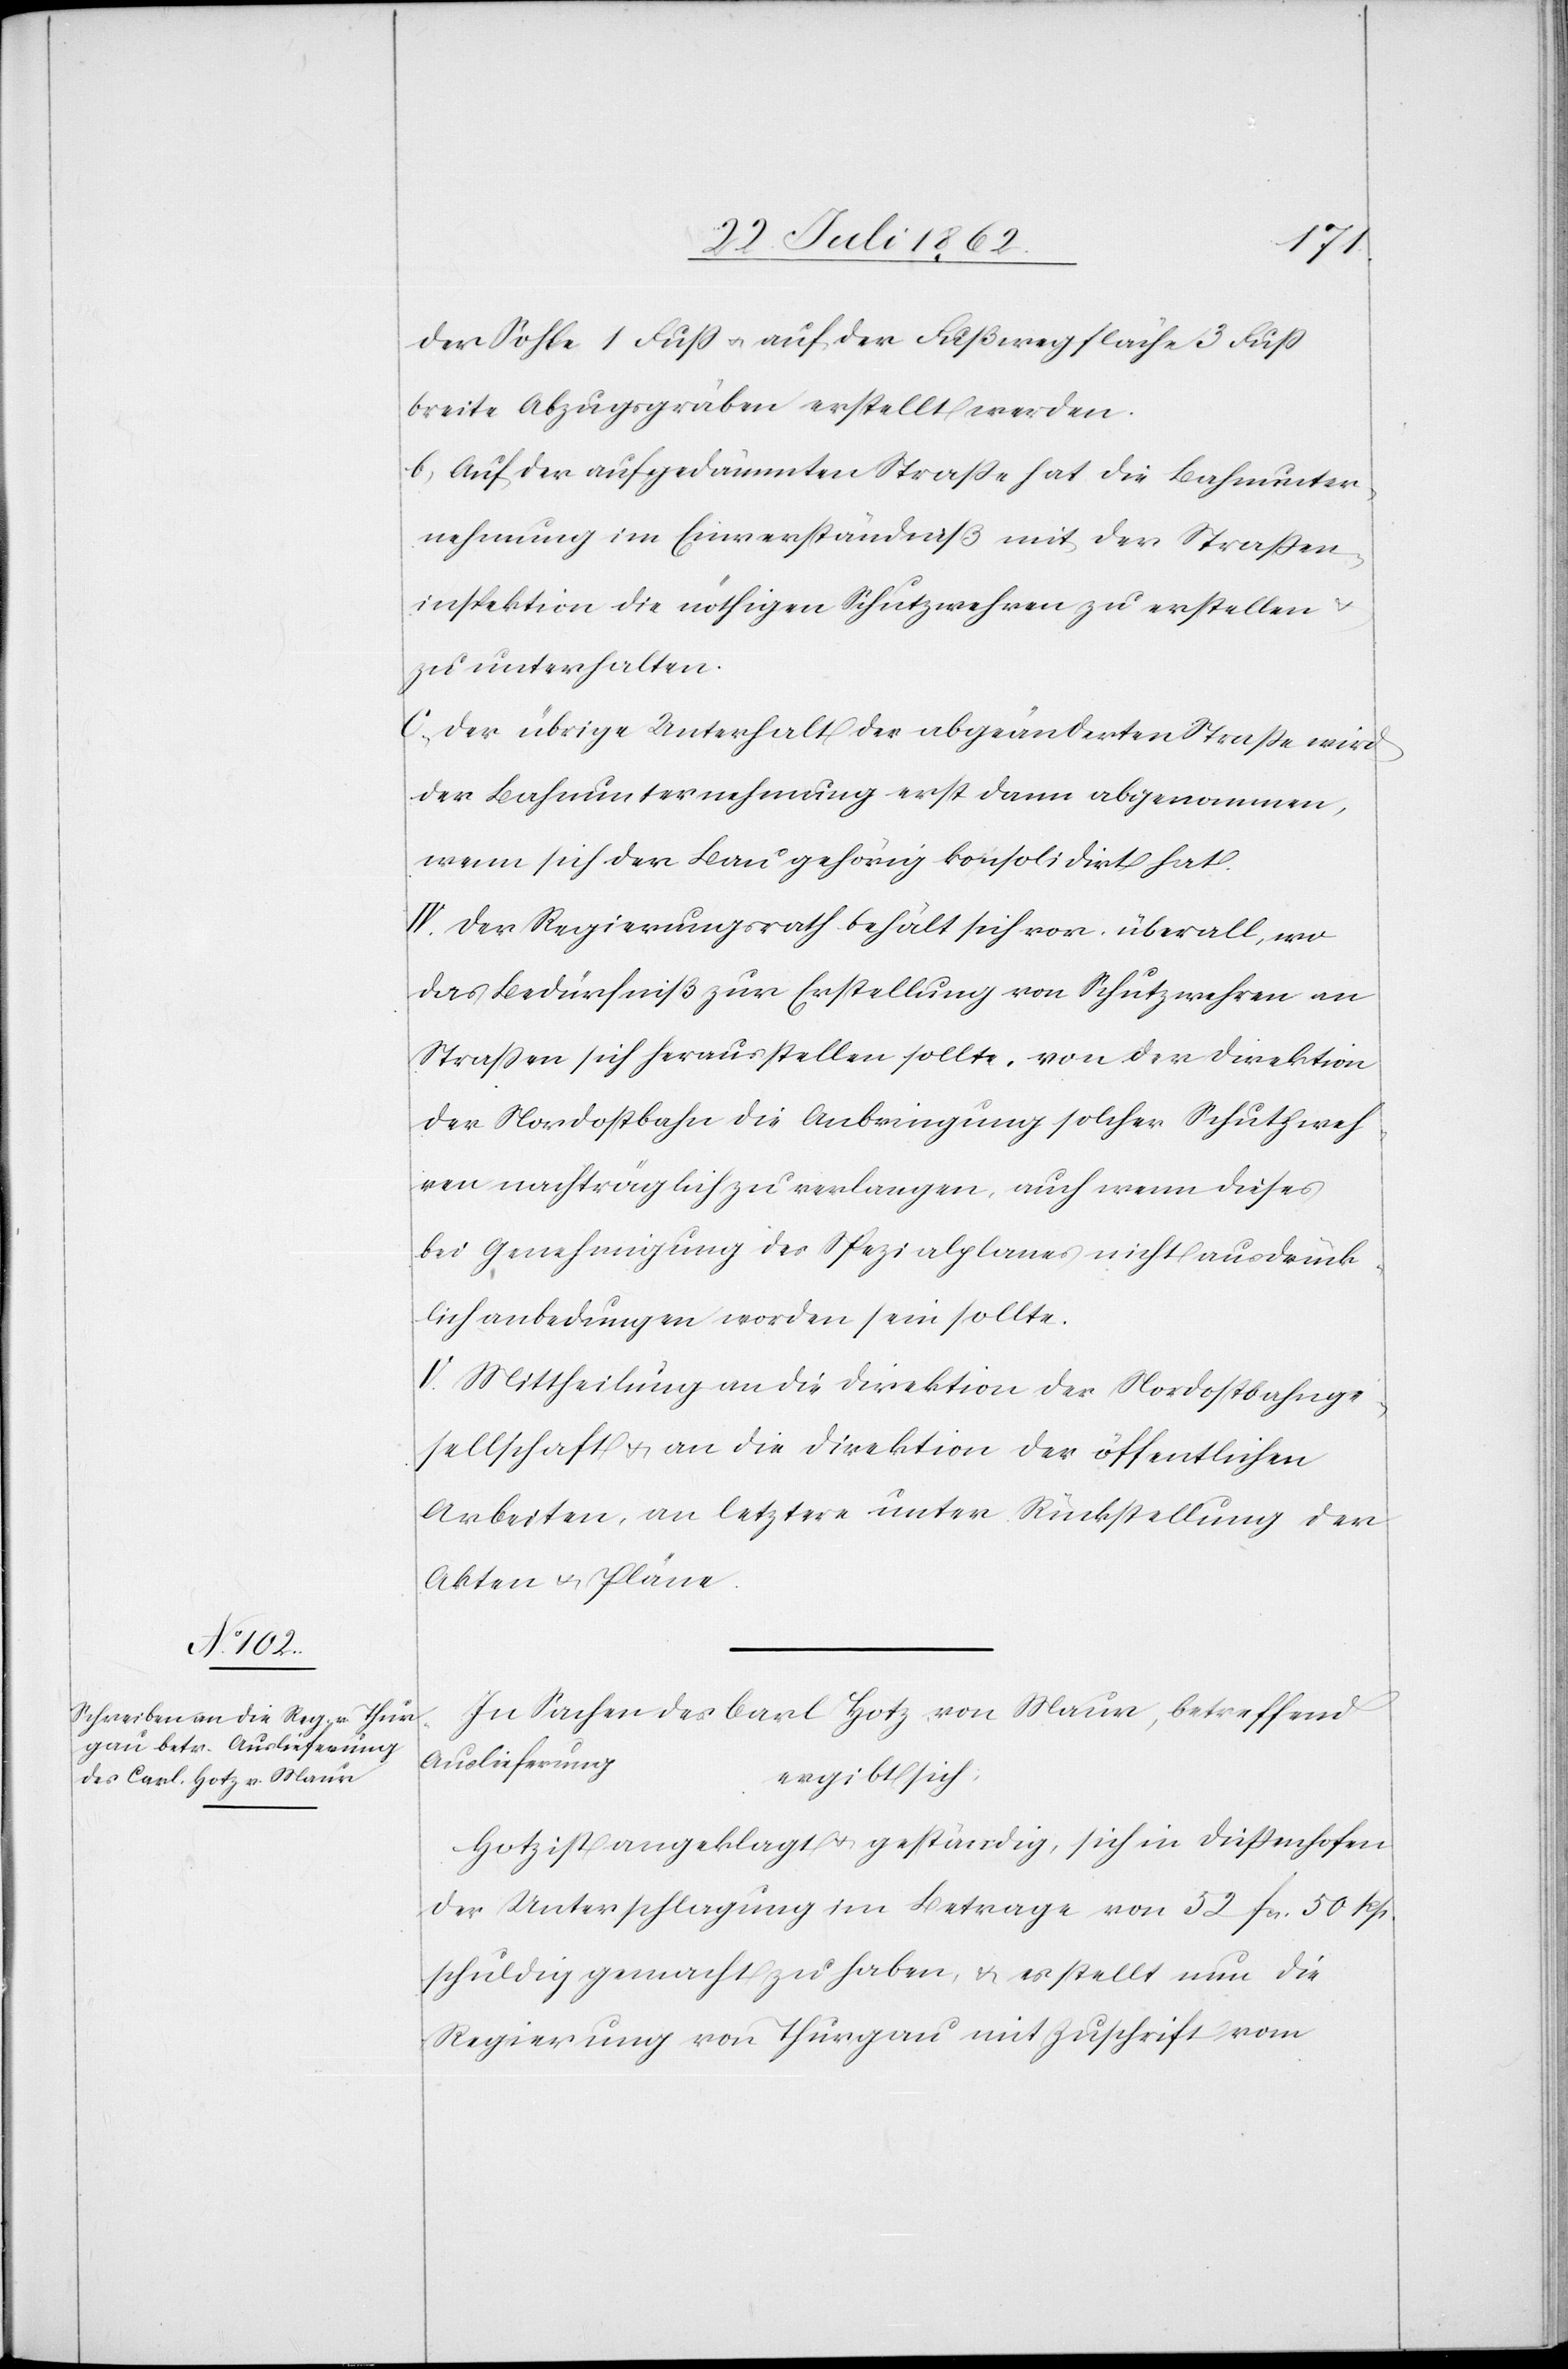
der Sohle 1 Fuß u. auf der Fußwegfläche 3 Fuß
breite Abzugsgräben erstellt werden.
b) auf der aufgedämmten Straße hat die Bahnunter¬
nehmung im Einverständniß mit der Straßen¬
inspektion die nöthigen Schutzwehren zu erstellen u.
zu unterhalten.
c) der übrige Unterhalt der abgeänderten Straße wird
der Bahnunternehmung erst dann abgenommen,
wenn sich der Bau gehörig konsolidirt hat.
IV. Der Regierungsrath behält sich vor, überall, wo
das Bedürfniß zur Erstellung von Schutzwehren an
Straßen sich herausstellen sollte, von der Direktion
der Nordostbahn die Anbringung solcher Schutzweh¬
ren nachträglich zu verlangen, auch wenn dieses
bei Genehmigung des Spezialplanes nicht ausdrück¬
lich anbedungen worden sein sollte.
V. Mittheilung an die Direktion der Nordostbahnge¬
sellschaft u. an die Direktion der öffentlichen
Arbeiten, an letztere unter Rückstellung der
Akten u. Pläne.
In Sachen des Carl Hotz, von Maur, betreffend
Auslieferung
ergibt sich,
Hotz ist angeklagt u. geständig, sich in Dießenhofen
der Unterschlagung im Betrage von 52 fr. 50 Rp.
schuldig gemacht zu haben u. es stellt nun die
Regierung von Thurgau mit Zuschrift vom